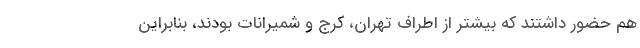
هم حضور داشتند که بیشتر از اطراف تهران، کرج و شمیرانات بودند، بنابراین